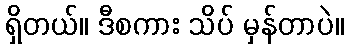
ရှိတယ်။ ဒီစကား သိပ် မှန်တာပဲ။